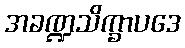
အခဏ္ဍသိက္ခာပဒေ